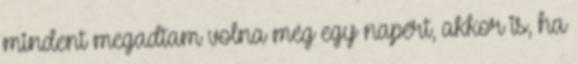
mindent megadtam volna még egy napért, akkor is, ha